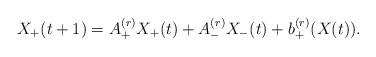
LaTeX: \begin{align*}X_+(t+1) = A^{(r)}_+ X_+(t) + A^{(r)}_- X_-(t) + b^{(r)}_+(X(t)).\end{align*}